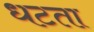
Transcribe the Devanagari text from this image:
धटता